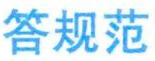
答规范